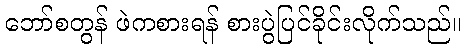
ဘော်စတွန် ဖဲကစားရန် စားပွဲပြင်ခိုင်းလိုက်သည်။